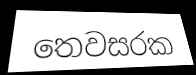
තෙවසරක